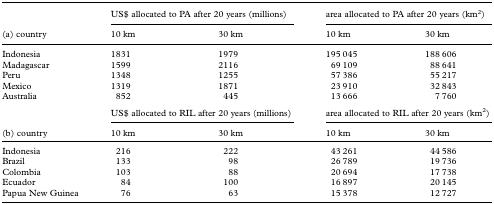
<table><thead><tr><td rowspan="2"><b>(a) country</b></td><td colspan="2"><b>US$ allocated to PA after 20 years (millions)</b></td><td colspan="2"><b>area allocated to PA after 20 years (km<sup>2</sup>)</b></td></tr><tr><td><b>10 km</b></td><td><b>30 km</b></td><td><b>10 km</b></td><td><b>30 km</b></td></tr></thead><tbody><tr><td>Indonesia</td><td>1831</td><td>1979</td><td>195 045</td><td>188 606</td></tr><tr><td>Madagascar</td><td>1599</td><td>2116</td><td>69 109</td><td>88 641</td></tr><tr><td>Peru</td><td>1348</td><td>1255</td><td>57 386</td><td>55 217</td></tr><tr><td>Mexico</td><td>1319</td><td>1871</td><td>23 910</td><td>32 843</td></tr><tr><td>Australia</td><td>852</td><td>445</td><td>13 666</td><td>7 760</td></tr><tr><td>[EMPTY_CELL]</td><td colspan="2">US$ allocated to RIL after 20 years (millions)</td><td colspan="2">area allocated to RIL after 20 years (km<sup>2</sup>)</td></tr><tr><td>(b) country</td><td>10 km</td><td>30 km</td><td>10 km</td><td>30 km</td></tr><tr><td>Indonesia</td><td>216</td><td>222</td><td>43 261</td><td>44 586</td></tr><tr><td>Brazil</td><td>133</td><td>98</td><td>26 789</td><td>19 736</td></tr><tr><td>Colombia</td><td>103</td><td>88</td><td>20 694</td><td>17 738</td></tr><tr><td>Ecuador</td><td>84</td><td>100</td><td>16 897</td><td>20 145</td></tr><tr><td>Papua New Guinea</td><td>76</td><td>63</td><td>15 378</td><td>12 727</td></tr></tbody></table>